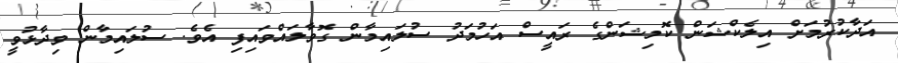
އަދާކުރުމަށް އިލެކްޝަން ކޮމިޝަންގެ ރައީސް އަހުމަދު ސުލައިމާން ގޮވާލައްވައިފި އެވެ. ސުލައިމާން ވިދާޅުވީ